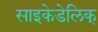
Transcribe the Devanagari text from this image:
साइकेडेलिक्